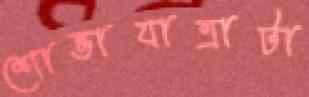
শোভাযাত্রাটা